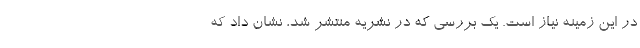
در این زمینه نیاز است. یک بررسی که در نشریه منتشر شد، نشان داد که